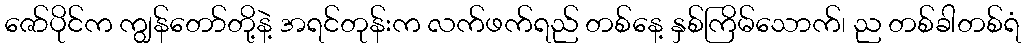
ဇော်ပိုင်က ကျွန်တော်တို့နဲ့ အရင်တုန်းက လက်ဖက်ရည် တစ်နေ့ နှစ်ကြိမ်သောက်၊ ည တစ်ခါတစ်ရံ